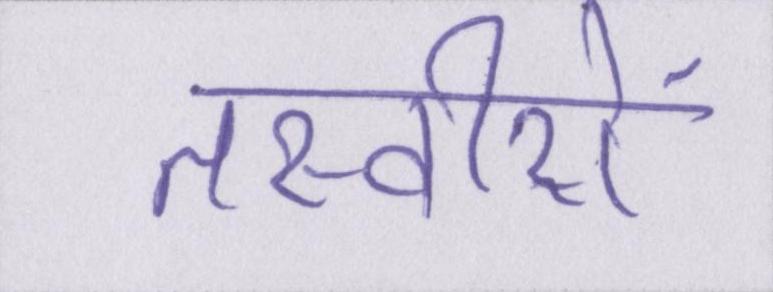
तस्वीरों